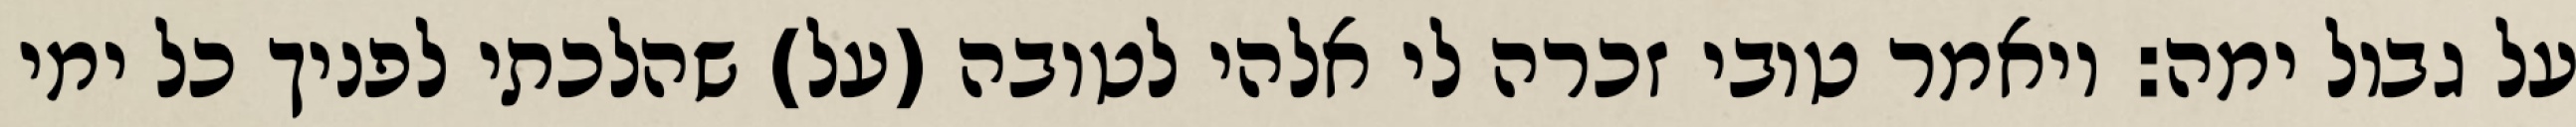
על גבול ימה: ויאמר טובי זכרה לי אלהי לטובה (על) שהלכתי לפניך כל ימי